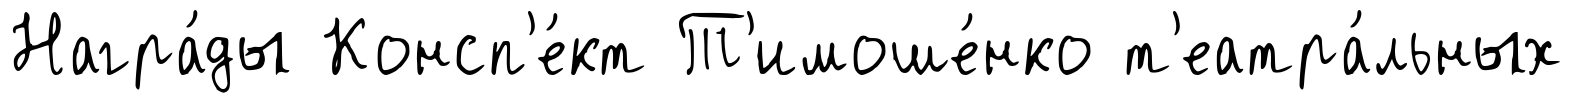
Награ́ды Консп'е́кт Т'имоше́нко т'еатра́льных